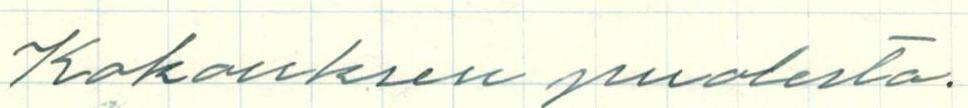
Kokouksen puolesta.